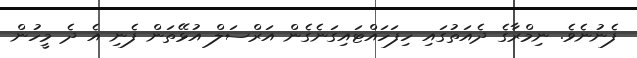
ފެނުނެވެ. ނިމްރާގެ ދެއަތުގައި ހިފަހައްޓައިގަނެގެން އަރްސަލް އުޅޭތަން ފެނި އެ ދެ މީހުން